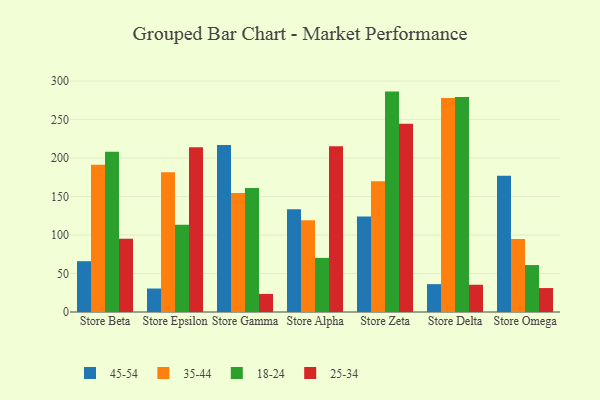
{"axis": {"x": "Store", "y": "LTV (USD)"}, "legend": ["18-24", "25-34", "35-44", "45-54"], "data": [{"x": "Store Beta", "y": 66.0, "type": "45-54"}, {"x": "Store Beta", "y": 191.2, "type": "35-44"}, {"x": "Store Beta", "y": 208.1, "type": "18-24"}, {"x": "Store Beta", "y": 95.2, "type": "25-34"}, {"x": "Store Epsilon", "y": 30.5, "type": "45-54"}, {"x": "Store Epsilon", "y": 181.4, "type": "35-44"}, {"x": "Store Epsilon", "y": 113.3, "type": "18-24"}, {"x": "Store Epsilon", "y": 214.0, "type": "25-34"}, {"x": "Store Gamma", "y": 217.0, "type": "45-54"}, {"x": "Store Gamma", "y": 154.7, "type": "35-44"}, {"x": "Store Gamma", "y": 161.0, "type": "18-24"}, {"x": "Store Gamma", "y": 23.5, "type": "25-34"}, {"x": "Store Alpha", "y": 133.6, "type": "45-54"}, {"x": "Store Alpha", "y": 119.2, "type": "35-44"}, {"x": "Store Alpha", "y": 70.3, "type": "18-24"}, {"x": "Store Alpha", "y": 215.3, "type": "25-34"}, {"x": "Store Zeta", "y": 124.0, "type": "45-54"}, {"x": "Store Zeta", "y": 169.7, "type": "35-44"}, {"x": "Store Zeta", "y": 286.3, "type": "18-24"}, {"x": "Store Zeta", "y": 244.6, "type": "25-34"}, {"x": "Store Delta", "y": 36.2, "type": "45-54"}, {"x": "Store Delta", "y": 278.1, "type": "35-44"}, {"x": "Store Delta", "y": 279.2, "type": "18-24"}, {"x": "Store Delta", "y": 35.4, "type": "25-34"}, {"x": "Store Omega", "y": 176.9, "type": "45-54"}, {"x": "Store Omega", "y": 94.9, "type": "35-44"}, {"x": "Store Omega", "y": 61.0, "type": "18-24"}, {"x": "Store Omega", "y": 31.1, "type": "25-34"}]}